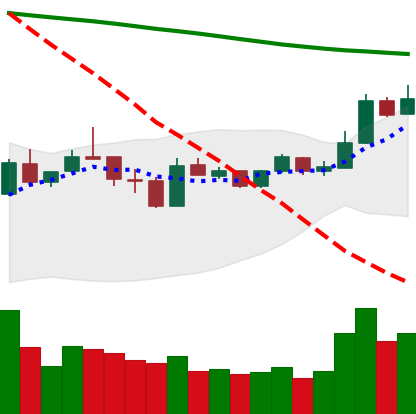
Ticker: LTC-USD
Chart end date: 2019-01-08
Forward return: -23.168%
Label: down_7plus